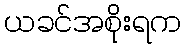
ယခင်အစိုးရက